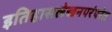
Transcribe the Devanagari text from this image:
इतिहासलेखनपरंपरेत